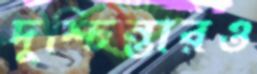
দুশ্চিন্তারও